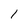
Character: 1